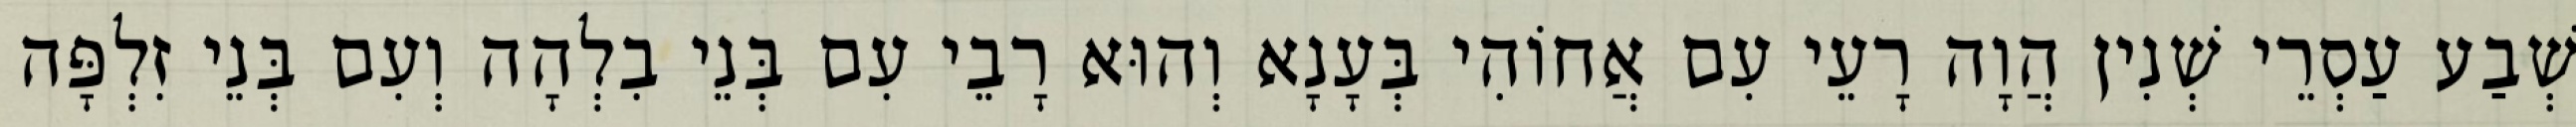
שְׁבַע עַסְרֵי שְׁנִין הֲוָה רָעֵי עִם אֲחוֹהִי בְּעָנָא וְהוּא רָבֵי עִם בְּנֵי בִלְהָה וְעִם בְּנֵי זִלְפָּה